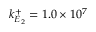
k _ { E _ { 2 } } ^ { + } = 1 . 0 \times 1 0 ^ { 7 }